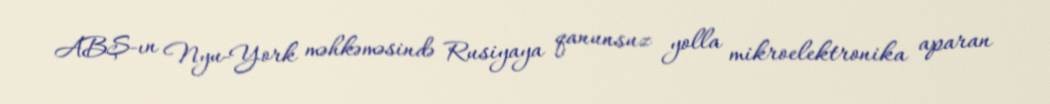
ABŞ-ın Nyu-York məhkəməsində Rusiyaya qanunsuz yolla mikroelektronika aparan